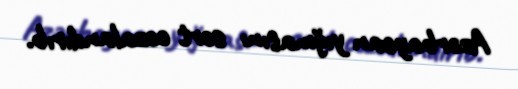
Azərbaycan yığmasını sərt cəzalandırıb.